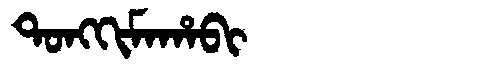
Manchu: ᡨᠣᠩᡴᡳᠮᠠᡥᠠᠪᡳ
Romanization: TONGKIMAHABI